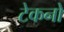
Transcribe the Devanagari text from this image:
टेकनो